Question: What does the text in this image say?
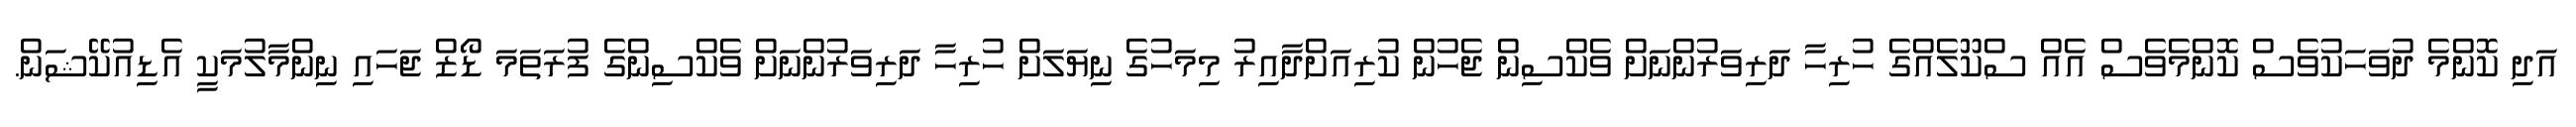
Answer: އަދި ކޮންމެ ދުވަހަކުވެސް ކޮންމެވެސް އެއް ސްކޫލެއްގެ ހުރިހާ ދަރިވަރުންނަށް ވެކްސިން ޖެހުން ކުރިއަށްދާއިރު މިމަހުގެ ނިޔަލަށް ހުރިހާ ދަރިވަރުންނަށް ވެކްސިންގެ ފުރަތަމަ ޑޯޒް ޖަހައި ނިންމާލުމަކީ އެޑިއުކޭޝަން.